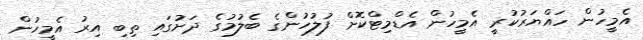
އެމީހުން ހައްޔަރުކުރީ އެމީހުން އެޑްމިޓްކޮށް ފުލުހުންގެ ބެލުމުގެ ދަށުގައި ތިބި އިރު އެމީހުން